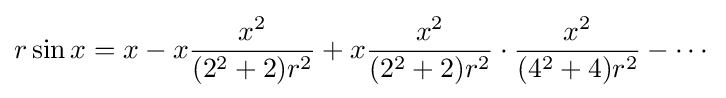
r\sin x=x-x{\frac {x^{2}}{(2^{2}+2)r^{2}}}+x{\frac {x^{2}}{(2^{2}+2)r^{2}}}\cdot {\frac {x^{2}}{(4^{2}+4)r^{2}}}-\cdots